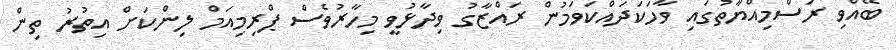
ބޭއްވި ރަސްމިއްޔާތުގައި ވާހަކަދައްކަވަމުން ރައްޒާގު ވިދާޅުވީ މިހާރުވެސް ޕްރިމިއަމް ލިންކަށް އިތުރު ތިން